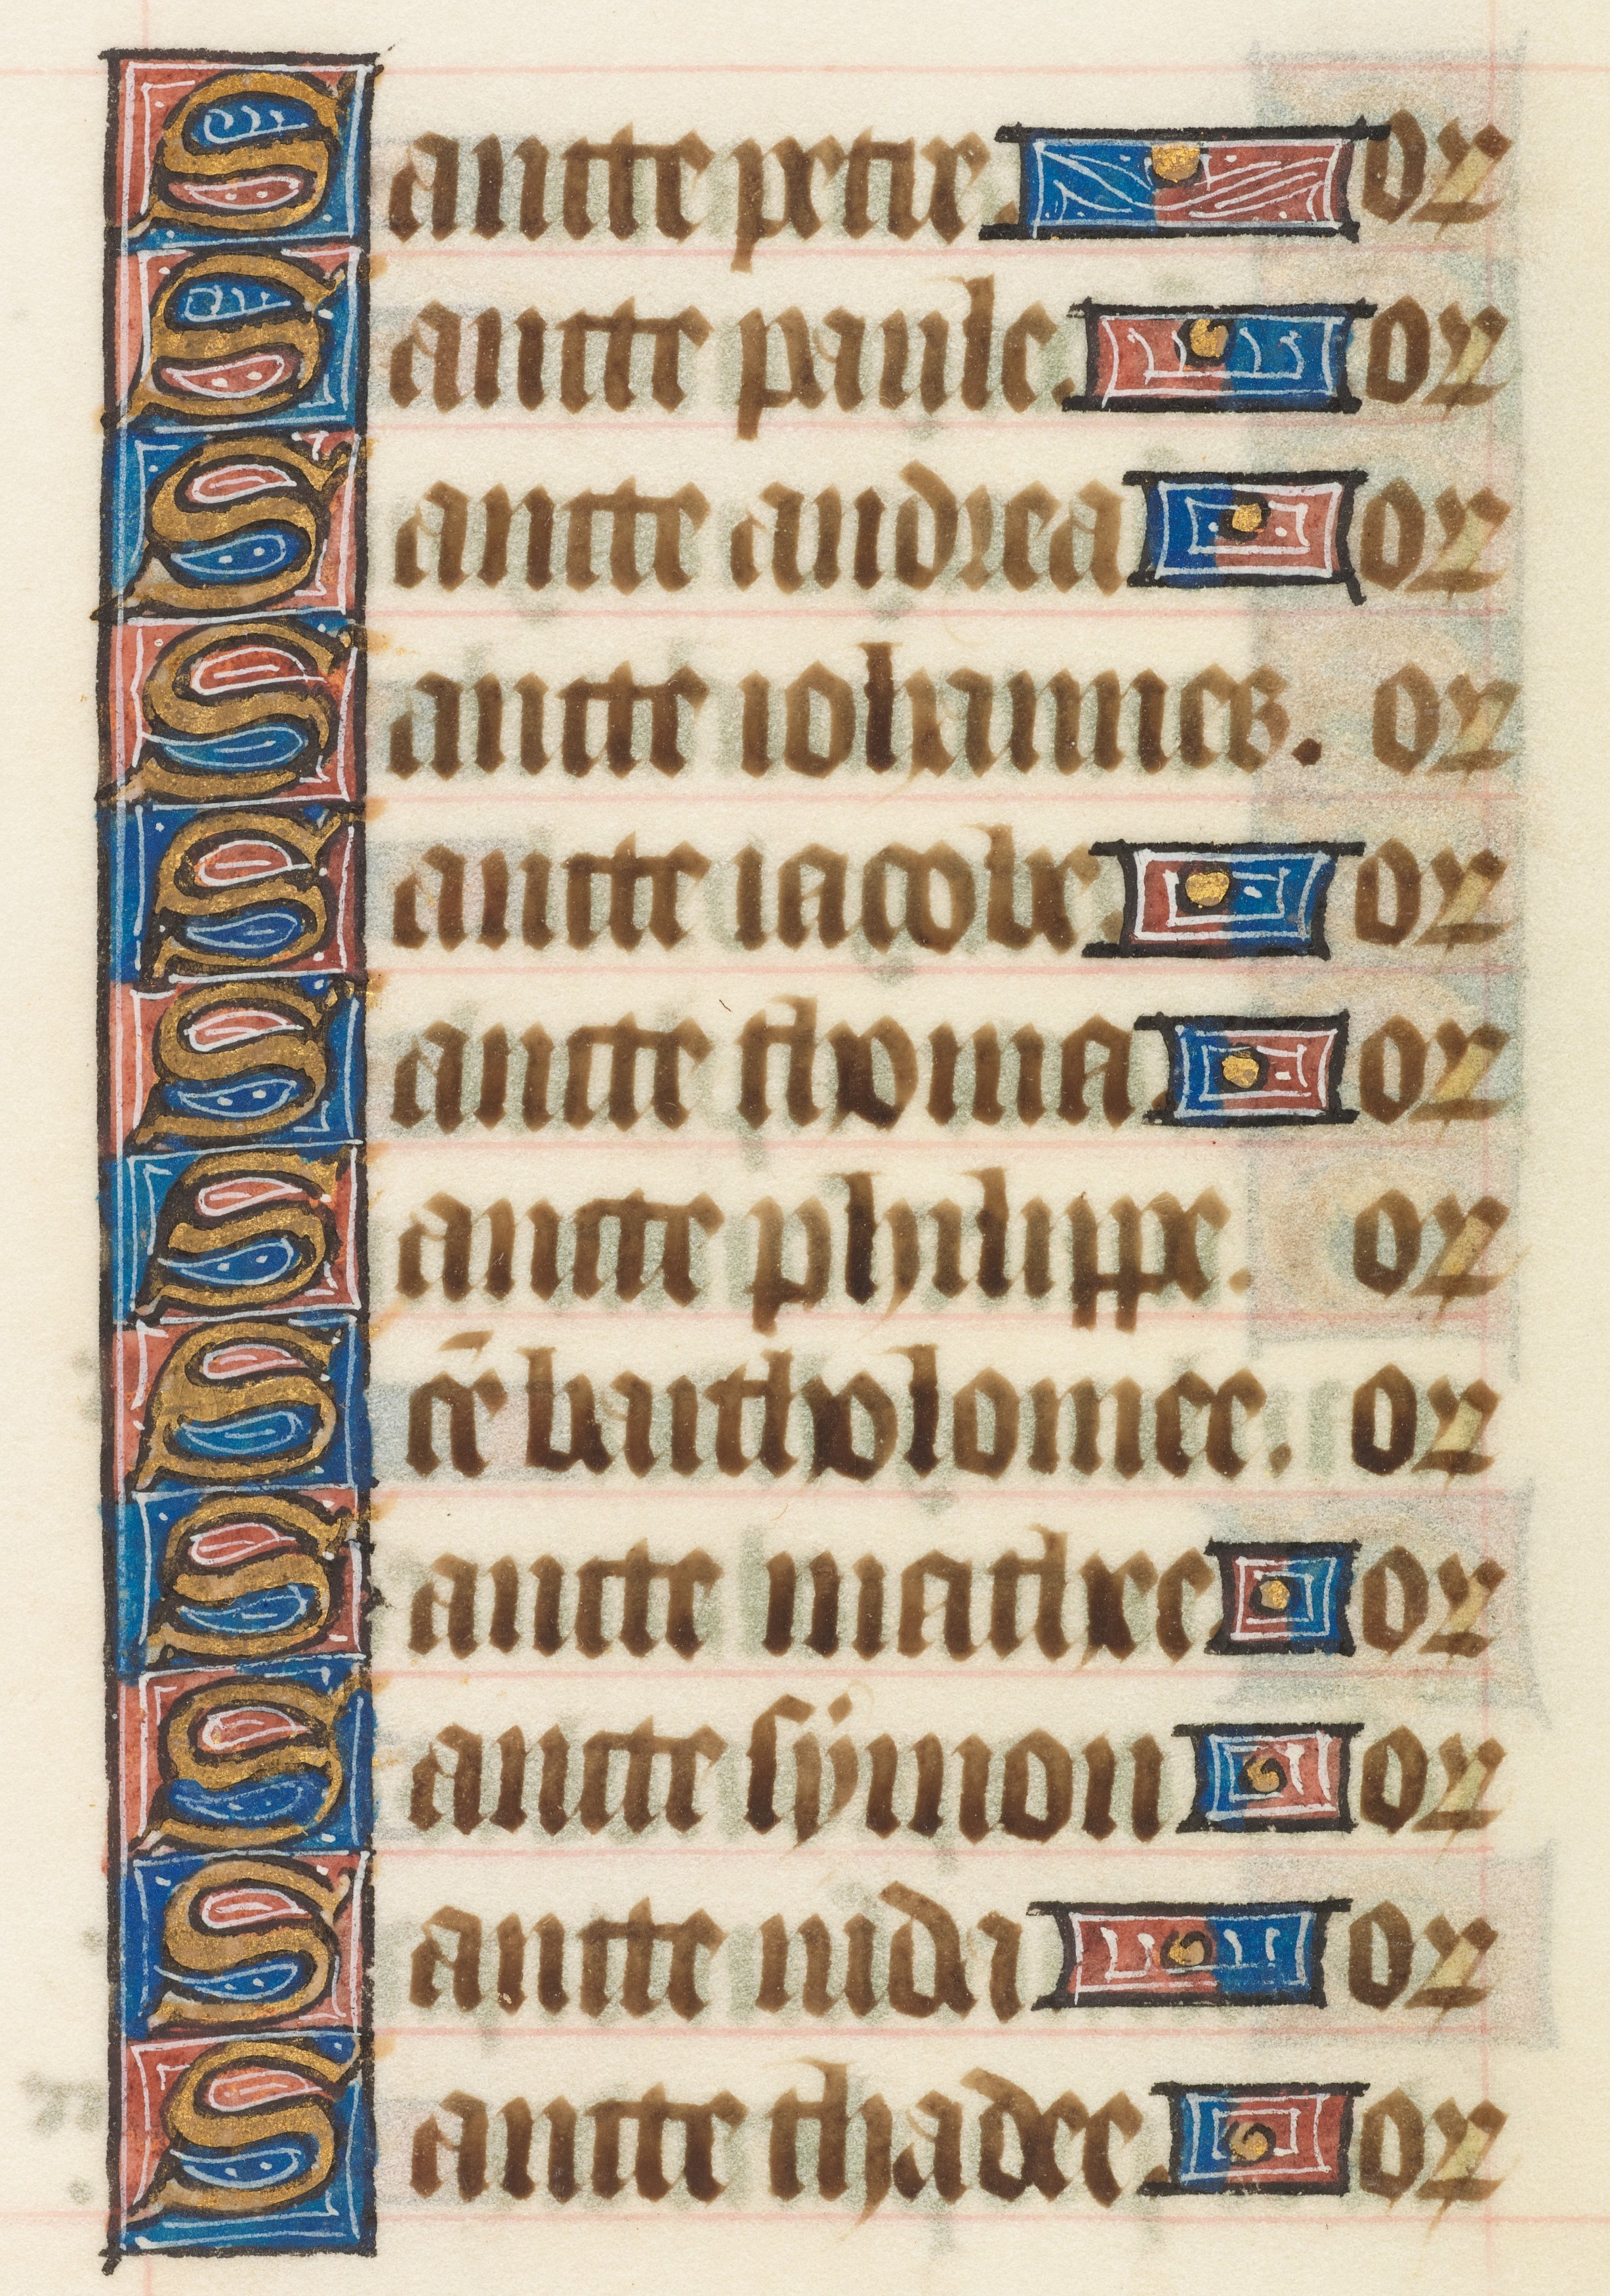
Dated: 1414–1445